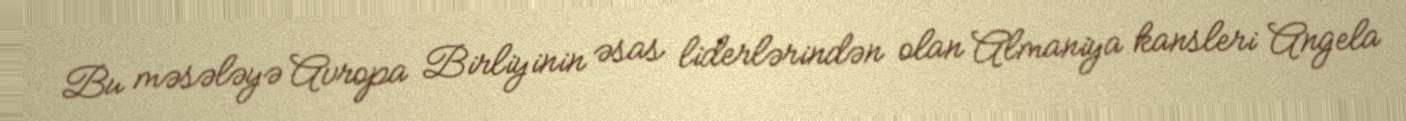
Bu məsələyə Avropa Birliyinin əsas liderlərindən olan Almaniya kansleri Angela